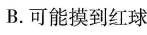
B.可能摸到红球